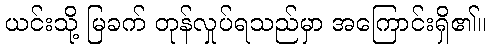
ယင်းသို့ မြခက် တုန်လှုပ်ရသည်မှာ အကြောင်းရှိ၏။